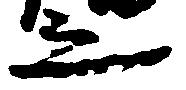
之